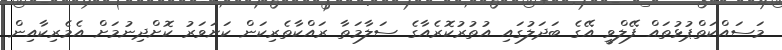
މަސައްކަތްޕުޅުތައް ފޭލްވީ އޭގެ ބަދަލުގައި އުތުރުކޮރެއާގެ ސަލާމަތާ ރައްކާތެރިކަން ކަށަވަރު ކޮށްދިނުމަށް އެމެރިކާއިން